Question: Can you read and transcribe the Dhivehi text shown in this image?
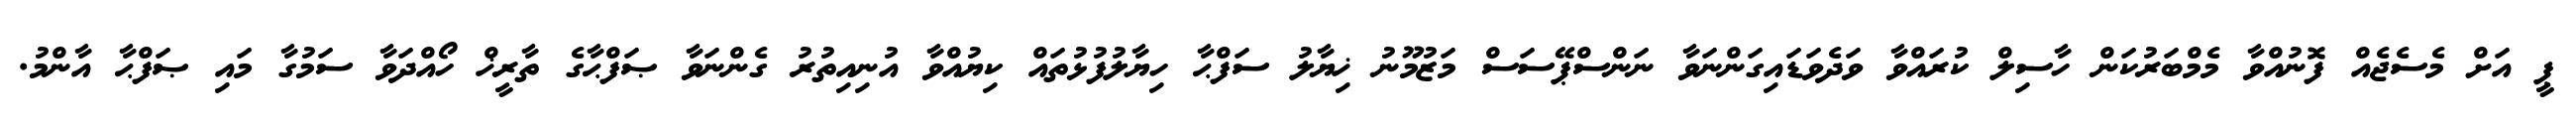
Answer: ޕީ އަށް މެސެޖެއް ފޮނުއްވާ މެމްބަރުކަން ހާސިލް ކުރައްވާ ވަދެވަޑައިގަންނަވާ ނަންސްޕޭސަސް މަޒުމޫނު ޚިޔާލު ސަފްޙާ ހިޔާލުފުޅުތައް ކިޔުއްވާ އުނިއިތުރު ގެންނަވާ ޞަފްޙާގެ ތާރީޚް ހޯއްދަވާ ސަމުގާ މައި ޞަފްޙާ އާންމު.